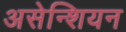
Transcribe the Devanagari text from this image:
असेन्शियन